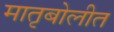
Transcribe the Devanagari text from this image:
मातृबोलीत